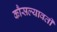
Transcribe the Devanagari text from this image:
कौसल्यावती